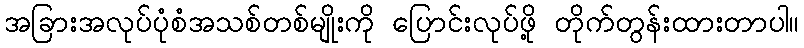
အခြားအလုပ်ပုံစံအသစ်တစ်မျိုးကို ပြောင်းလုပ်ဖို့ တိုက်တွန်းထားတာပါ။